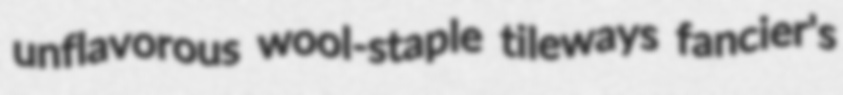
unflavorous wool-staple tileways fancier's